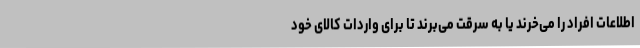
اطلاعات افراد را می‌خرند یا به سرقت می‌برند تا برای واردات کالای خود